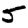
Digit: 5